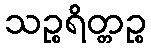
သဉ္စရိတ္တဉ္စ